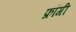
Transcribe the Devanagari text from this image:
फ्रॉगी